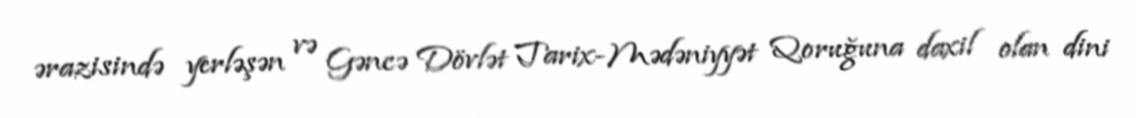
ərazisində yerləşən və Gəncə Dövlət Tarix-Mədəniyyət Qoruğuna daxil olan dini